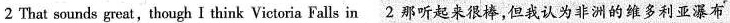
2 That sounds great,though I think Victoria Falls in 2那听起来很棒,但我认为非洲的维多利亚瀑布